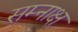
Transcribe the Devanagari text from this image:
सम्नाक्ष